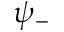
\psi _ { - }